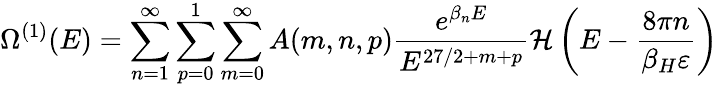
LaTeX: \Omega^{(1)}(E)=\sum_{n=1}^{\infty}\sum_{p=0}^{1}\sum_{m=0}^{\infty}A(m,n,p)\frac{e^{\beta_{n}E}}{E^{27/2+m+p}}{\cal H}\left(E-\frac{8\pi n}{\beta_{H}\varepsilon}\right)